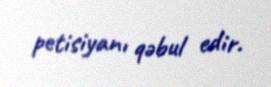
petisiyanı qəbul edir.